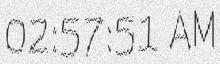
02:57:51 AM